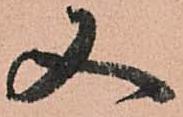
又